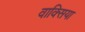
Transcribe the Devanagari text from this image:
वाक्सिया